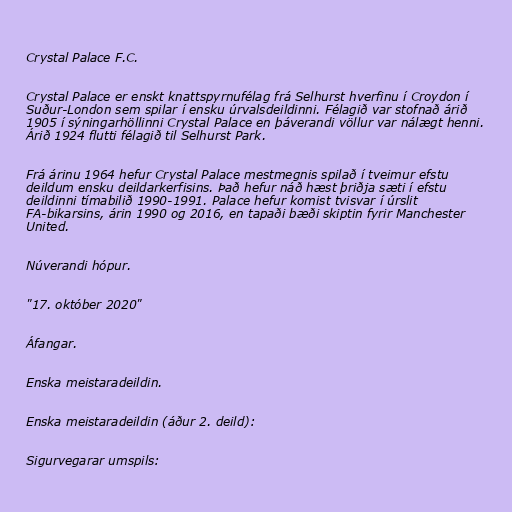
Crystal Palace F.C.

Crystal Palace er enskt knattspyrnufélag frá Selhurst hverfinu í Croydon í
Suður-London sem spilar í ensku úrvalsdeildinni. Félagið var stofnað árið
1905 í sýningarhöllinni Crystal Palace en þáverandi völlur var nálægt henni.
Árið 1924 flutti félagið til Selhurst Park.

Frá árinu 1964 hefur Crystal Palace mestmegnis spilað í tveimur efstu
deildum ensku deildarkerfisins. Það hefur náð hæst þriðja sæti í efstu
deildinni tímabilið 1990-1991. Palace hefur komist tvisvar í úrslit
FA-bikarsins, árin 1990 og 2016, en tapaði bæði skiptin fyrir Manchester
United.

Núverandi hópur.

"17. október 2020"

Áfangar.

Enska meistaradeildin.

Enska meistaradeildin (áður 2. deild):

Sigurvegarar umspils: